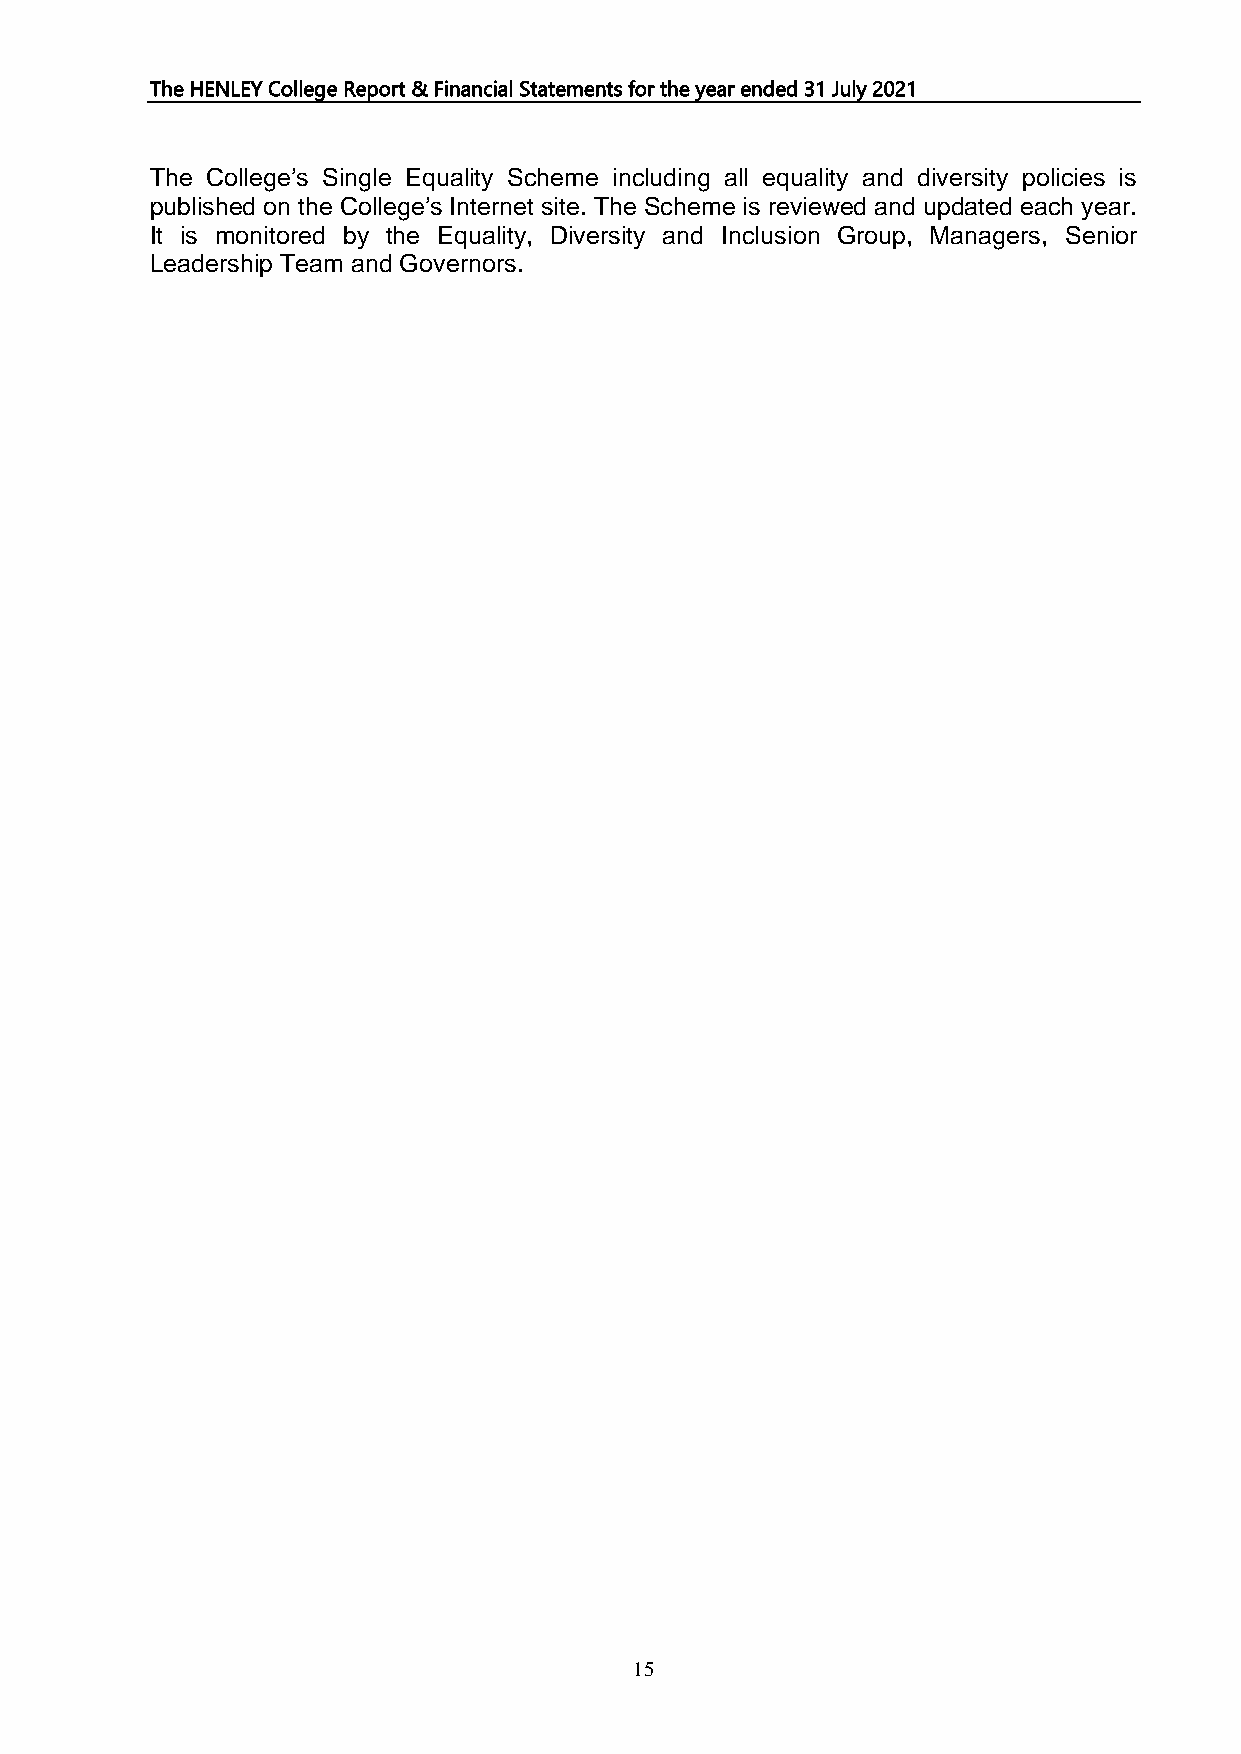
The HENLEY College Report & Financial Statements for the year ended 31 July 2021
 The College’s Single Equality Scheme including all equality and diversity policies is
 published on the College’s Internet site. The Scheme is reviewed and updated each year.
 It is monitored by the Equality, Diversity and Inclusion Group, Managers, Senior
 Leadership Team and Governors.
 15